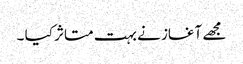
مجھے آغاز نے بہت متاثر کیا ۔